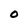
Character: 0